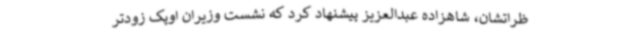
ظراتشان، شاهزاده عبدالعزیز پیشنهاد کرد که نشست وزیران اوپک زودتر